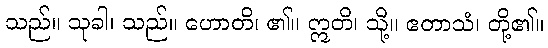
သည်။ သုခါ၊ သည်။ ဟောတိ၊ ၏။ ဣတိ၊ သို့။ ဧတာသံ၊ တို့၏။